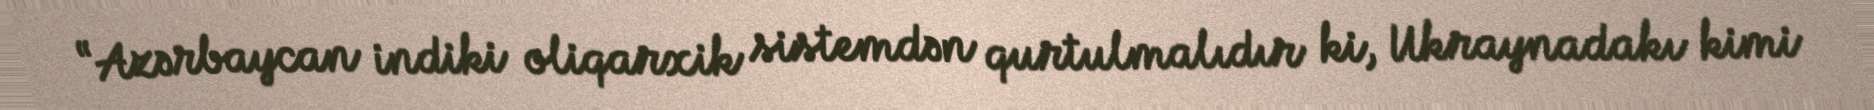
“Azərbaycan indiki oliqarxik sistemdən qurtulmalıdır ki, Ukraynadakı kimi